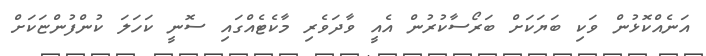
އަނެއްކޮޅުން ވަކި ބަޔަކަށް ބަރޯސާކުރުން އެއީ ވާދަވެރި މާކެޓެއްގައި ސޮނީ ކަހަލަ ކުންފުންޏަކަށް